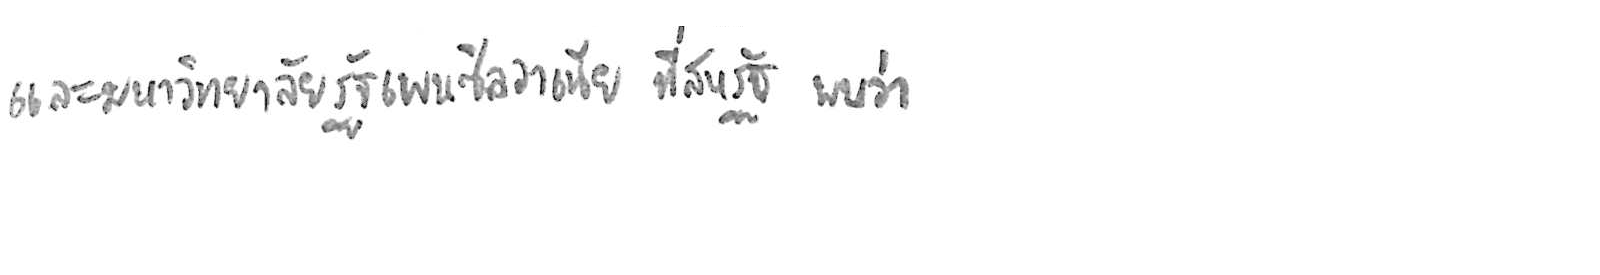
และมหาวิทยาลัยรัฐเพนซิลวาเนีย ที่สหรัฐ พบว่า